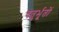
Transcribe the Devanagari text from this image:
चतुर्भूतों